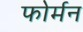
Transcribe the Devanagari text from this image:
फोर्मन